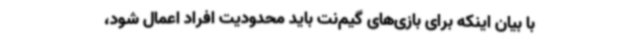
با بیان اینکه برای بازی‌های گیم‌نت‌ باید محدودیت افراد اعمال شود،